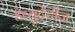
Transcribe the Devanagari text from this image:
डेब्युटेंटीज